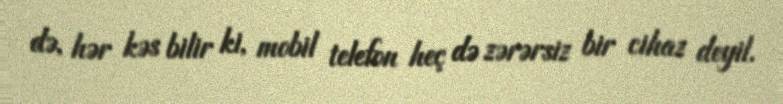
də, hər kəs bilir ki, mobil telefon heç də zərərsiz bir cihaz deyil.